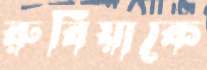
রুবিয়াকে